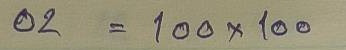
02 = 100 x 100